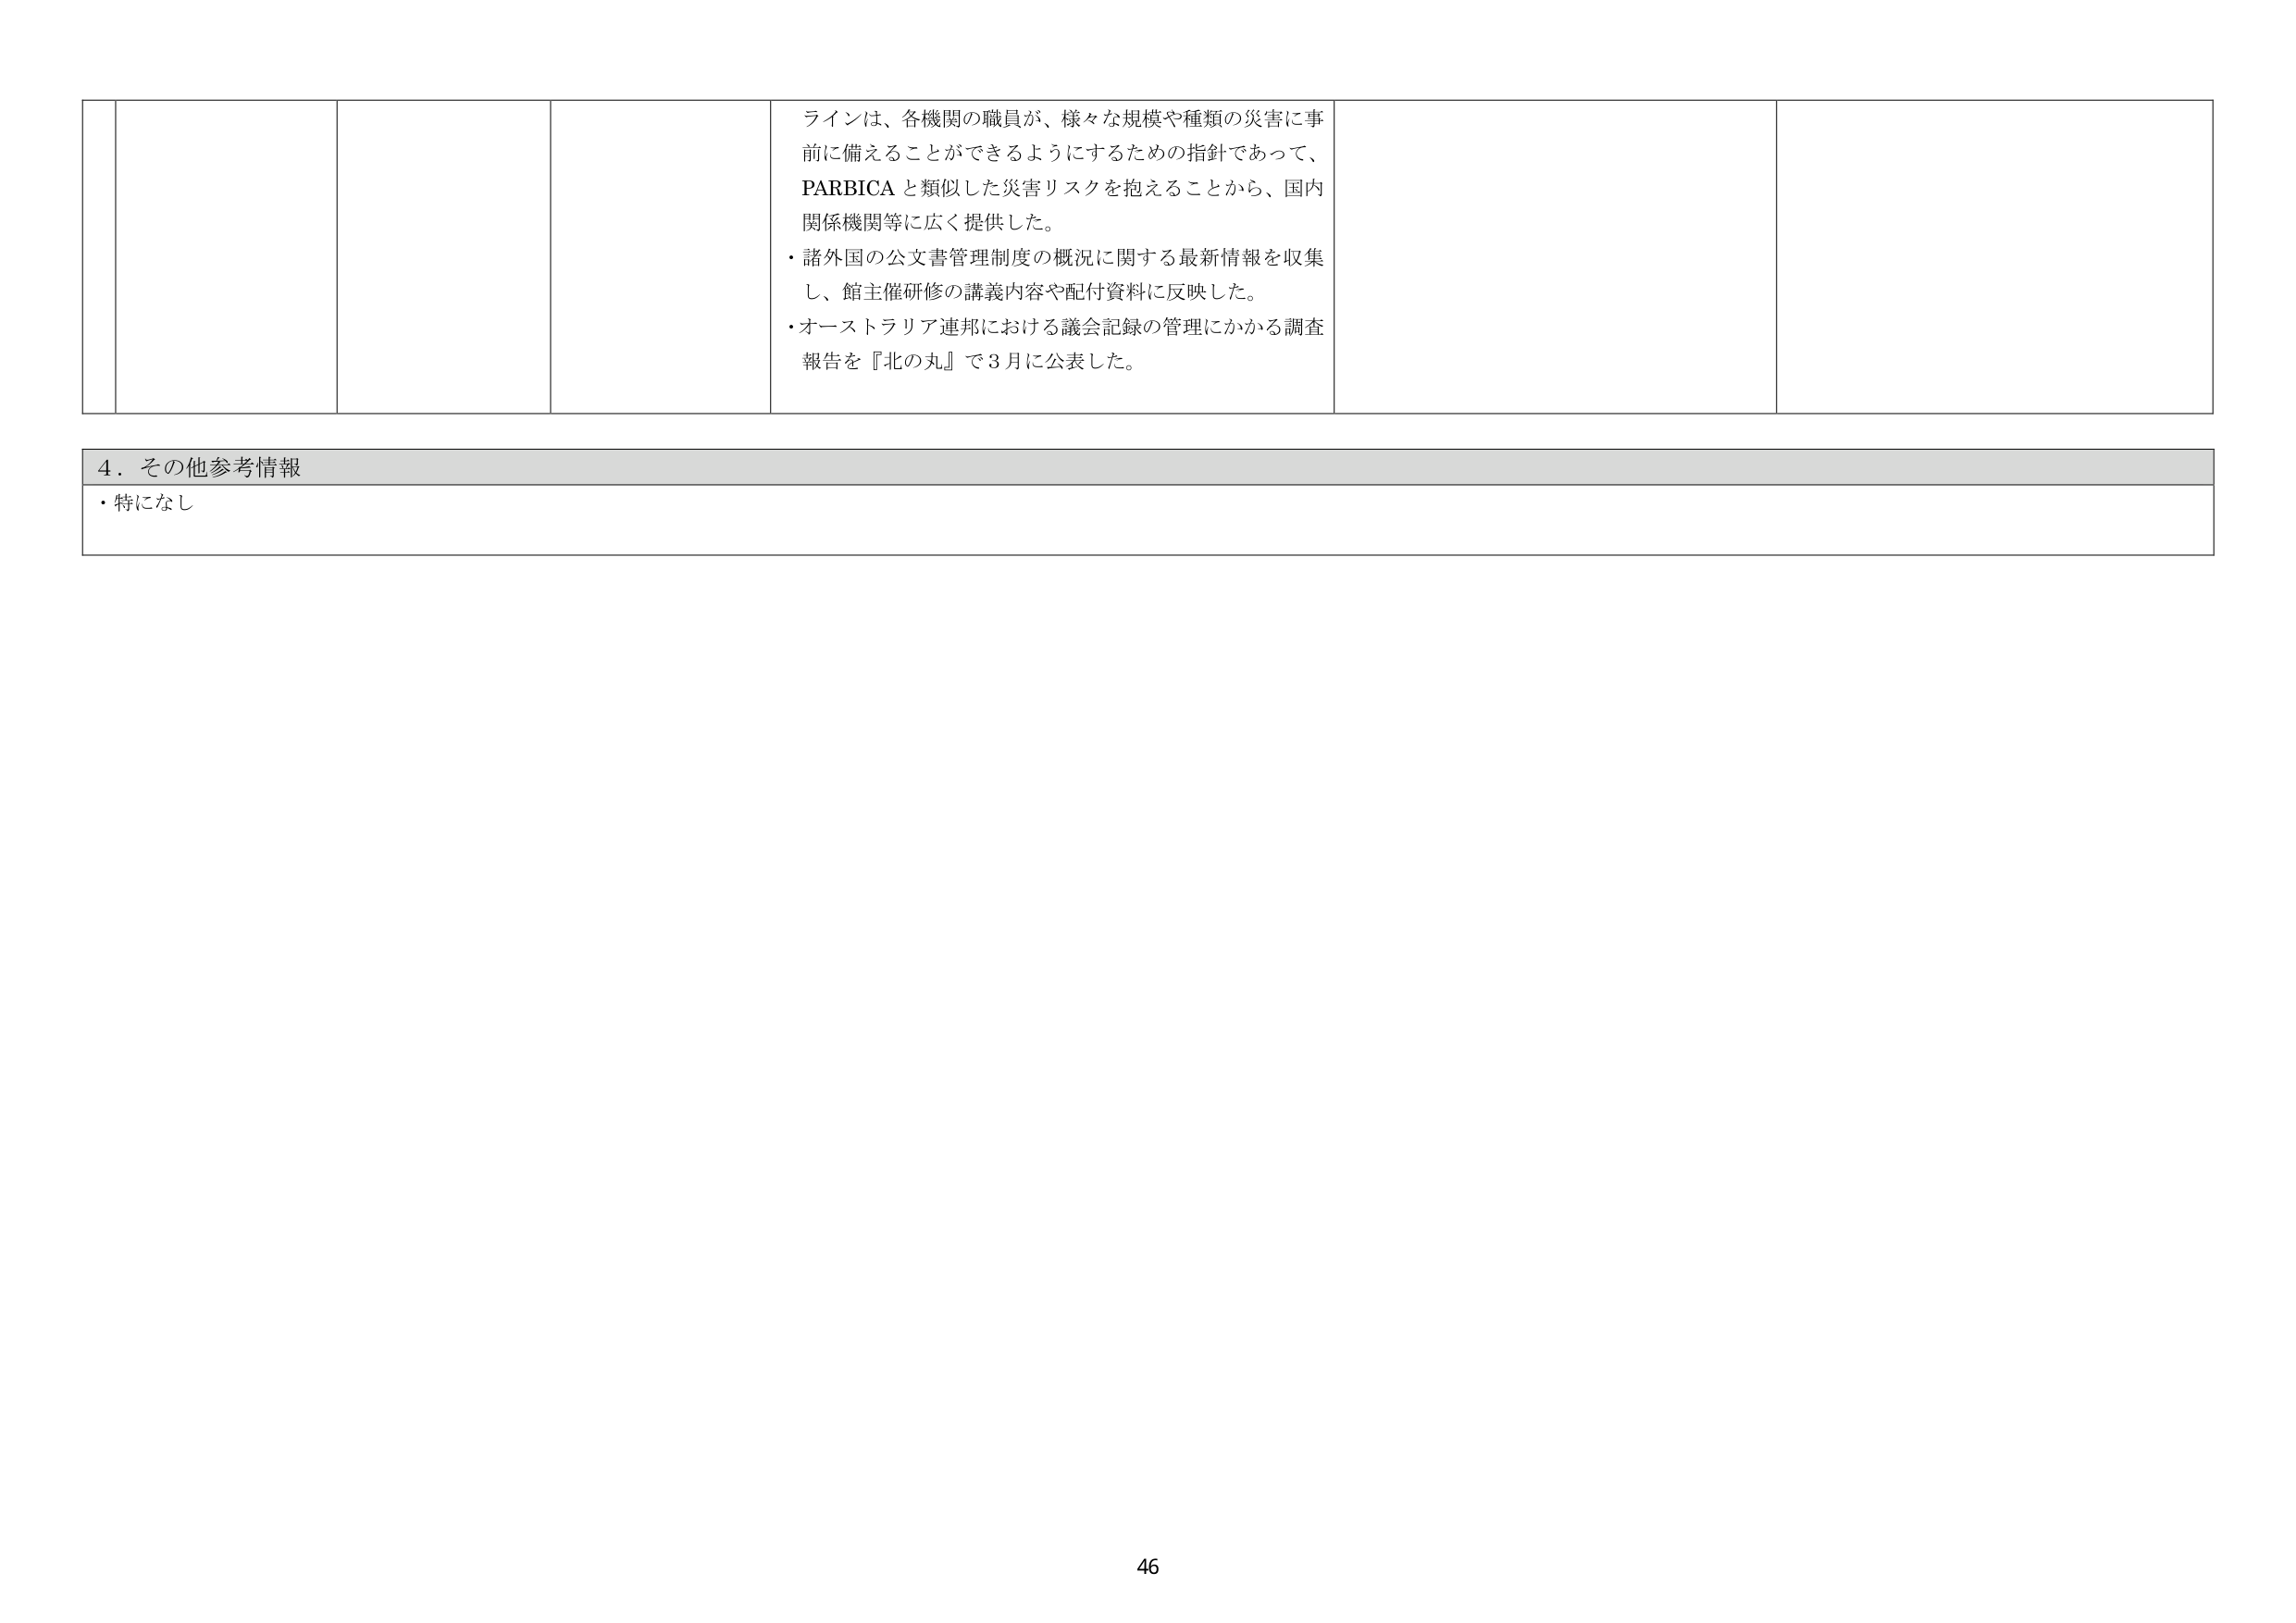
ラインは、各機関の職員が、様々な規模や種類の災害に事前に備えることができるようとするための指針であって、PARBICA と類似した災害リスクを抱えることから、国内関係機関等に広く提供した。
・諸外国の公文書管理制度の概況に関する最新情報を収集し、館主催研修の講義内容や配付資料に反映した。
・オーストラリア連邦における議会記録の管理にかかる調査報告を『北の丸』で3月に公表した。

4．その他参考情報
・特になし

46